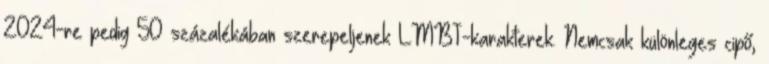
2024-re pedig 50 százalékában szerepeljenek LMBT-karakterek. Nemcsak különleges cipő,